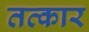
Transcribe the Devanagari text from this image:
तत्कार